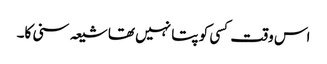
اس وقت کسی کو پتا نہیں تھا شیعہ سنی کا۔